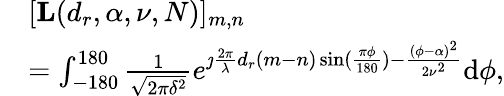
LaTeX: \begin{array}{rl}&{[\mathbf{L}(d_{r},\alpha,\nu,N)]_{m,n}}\\ &{=\int_{-180}^{180}\frac{1}{\sqrt{2\pi\delta^{2}}}e^{\jmath\frac{2\pi}{\lambda}d_{r}(m-n)\sin(\frac{\pi\phi}{180})-\frac{(\phi-\alpha)^{2}}{2\nu^{2}}}\mathrm{d}\phi,}\end{array}